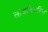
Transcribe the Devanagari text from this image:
लोडबियरिंग